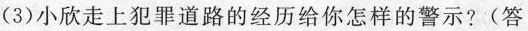
(3)小欣走上犯罪道路的经历给你怎样的警示?(答